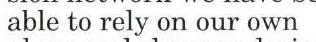
 able to rely on our own